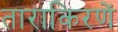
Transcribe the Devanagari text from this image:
ताराकिरणें